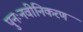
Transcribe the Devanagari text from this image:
पुनःनवीनिकरण